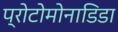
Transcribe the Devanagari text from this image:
प्रोटोमोनाडिडा